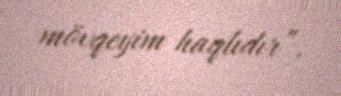
mövqeyim haqlıdır”.